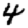
Digit: 4